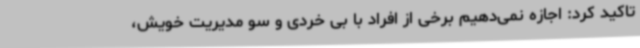
تاکید کرد: اجازه نمی‌دهیم برخی از افراد با بی خردی و سو مدیریت خویش،